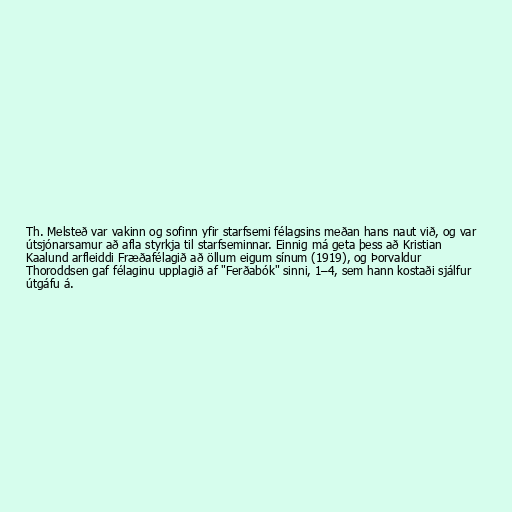
Th. Melsteð var vakinn og sofinn yfir starfsemi félagsins meðan hans naut við, og var
útsjónarsamur að afla styrkja til starfseminnar. Einnig má geta þess að Kristian
Kaalund arfleiddi Fræðafélagið að öllum eigum sínum (1919), og Þorvaldur
Thoroddsen gaf félaginu upplagið af "Ferðabók" sinni, 1–4, sem hann kostaði sjálfur
útgáfu á.